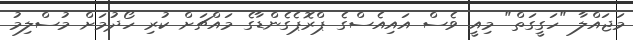
މަޖައްލާ "ހަގީގަތް" މިއީ ވެސް އައިއެސްގެ ޕްރޮޕެގެންޑާގެ މައްޗަށް ކުރި ހޯދުމަށް މުސްލިމު